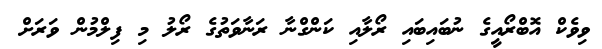
ވިވެކް އޮބްރޯއީގެ ނުބައިބައި ރޯލާއި ކަންގްނާ ރަނާވަތުގެ ރޯލު މި ފިލްމުން ވަރަށް